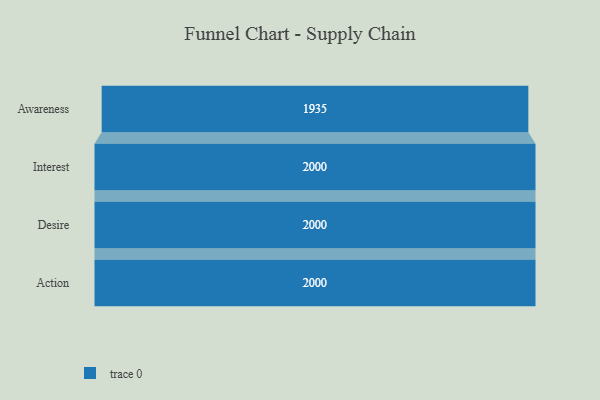
{"axis": {"x": "Stage", "y": "Value"}, "legend": [""], "data": [{"x": "Awareness", "y": 1935.0, "type": ""}, {"x": "Interest", "y": 2000, "type": ""}, {"x": "Desire", "y": 2000, "type": ""}, {"x": "Action", "y": 2000, "type": ""}]}